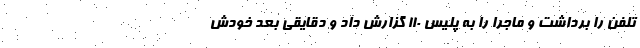
تلفن را برداشت و ماجرا را به پلیس ۱۱۰ گزارش داد و دقایقی بعد خودش